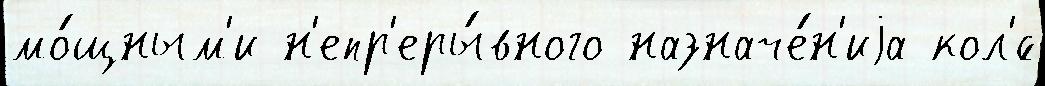
мо́щным'и н'епр'еры́вного назначе́н'иjа кол'́с